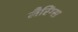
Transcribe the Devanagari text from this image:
लैरिंग्स